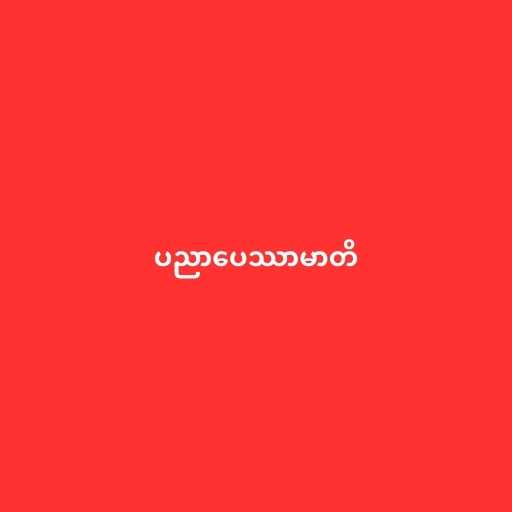
ပညာပေဿာမာတိ